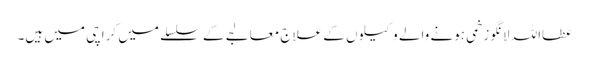
عطااللہ لانگو زخمی ہونے والے وکیلوں کے علاج معالجے کے سلسلے میں کراچی میں ہیں۔